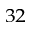
^ { 3 2 }